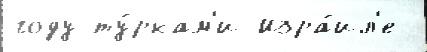
году ту́ркам'и Изра́ил'е